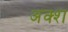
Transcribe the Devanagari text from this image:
अक्श